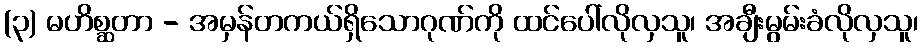
(၃) မဟိစ္ဆတာ - အမှန်တကယ်ရှိသောဂုဏ်ကို ထင်ပေါ်လိုလှသူ၊ အချီးမွမ်းခံလိုလှသူ၊